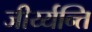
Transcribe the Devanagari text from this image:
जीर्य्यन्ति